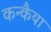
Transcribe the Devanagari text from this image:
कन्कैया